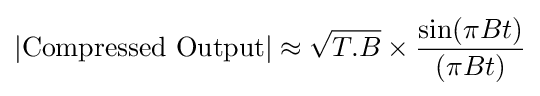
\left|{\text{Compressed Output}}\right|\approx {\sqrt {T.B}}\times {\frac {\sin(\pi Bt)}{(\pi Bt)}}